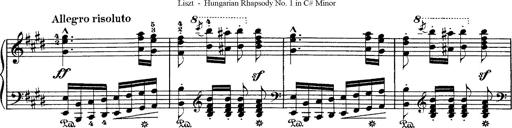
Title: Hungarian Rhapsody No.1
Composer: Franz Liszt
Key: C-sharp minor